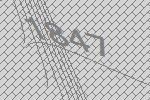
1847